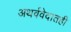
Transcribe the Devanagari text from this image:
अथर्ववेदातही